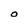
Character: O